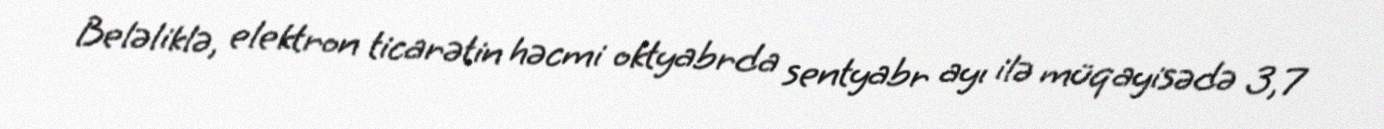
Beləliklə, elektron ticarətin həcmi oktyabrda sentyabr ayı ilə müqayisədə 3,7